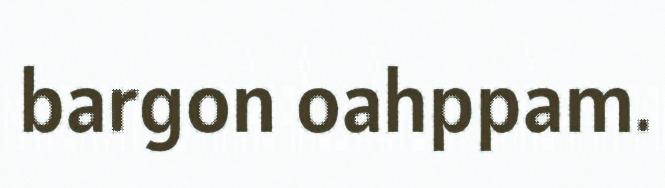
bargon oahppam.